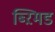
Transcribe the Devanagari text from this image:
ब्ऱिमड